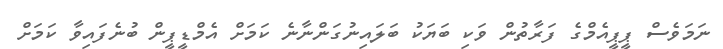
ނަމަވެސް ޕީޕީއެމްގެ ފަރާތުން ވަކި ބަޔަކު ބަލައިނުގަންނާނެ ކަމަށް އެމްޑީޕީން ބުނެފައިވާ ކަމަށް